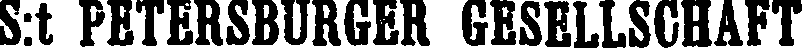
S:t PETERSBURGER GESELLSCHAFT